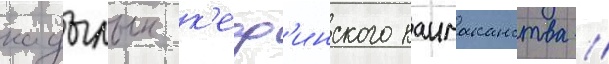
кадылык к'еф'инского каимаканства //